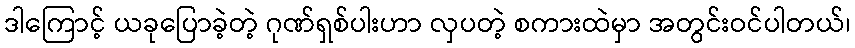
ဒါကြောင့် ယခုပြောခဲ့တဲ့ ဂုဏ်ရှစ်ပါးဟာ လှပတဲ့ စကားထဲမှာ အတွင်းဝင်ပါတယ်၊